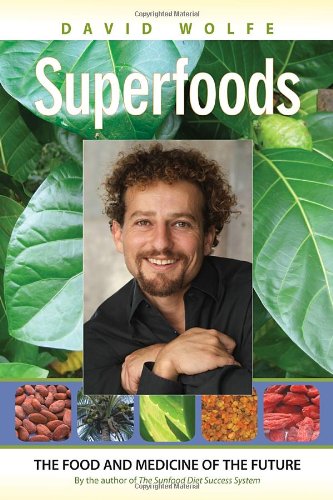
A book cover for Superfoods: The Food and Medicine of the Future; David Wolfe; Cookbooks, Food & Wine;